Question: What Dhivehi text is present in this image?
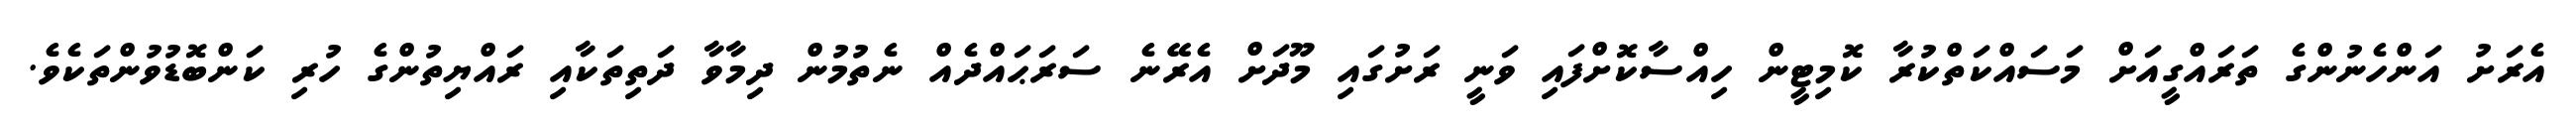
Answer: އެރަށު އަންހެނުންގެ ތަރައްގީއަށް މަސައްކަތްކުރާ ކޮމިޓީން ހިއްސާކޮށްފައި ވަނީ ރަށުގައި މޫދަށް އެރޭނެ ސަރަޙައްދެއް ނެތުމުން ދިމާވާ ދަތިތަކާއި ރައްޔިތުންގެ ހުރި ކަންބޮޑުވުންތަކެވެ.